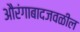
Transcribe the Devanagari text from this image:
औरंगाबादजवळील